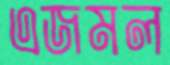
এজমল